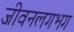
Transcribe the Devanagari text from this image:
जीवनलगभग